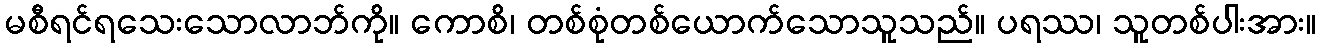
မစီရင်ရသေးသောလာဘ်ကို။ ကောစိ၊ တစ်စုံတစ်ယောက်သောသူသည်။ ပရဿ၊ သူတစ်ပါးအား။